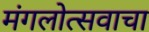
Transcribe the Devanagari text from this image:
मंगलोत्सवाचा